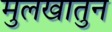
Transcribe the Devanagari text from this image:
मुलखातुन